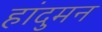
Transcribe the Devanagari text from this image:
हांदुमन